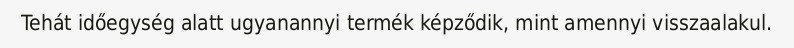
Tehát időegység alatt ugyanannyi termék képződik, mint amennyi visszaalakul.